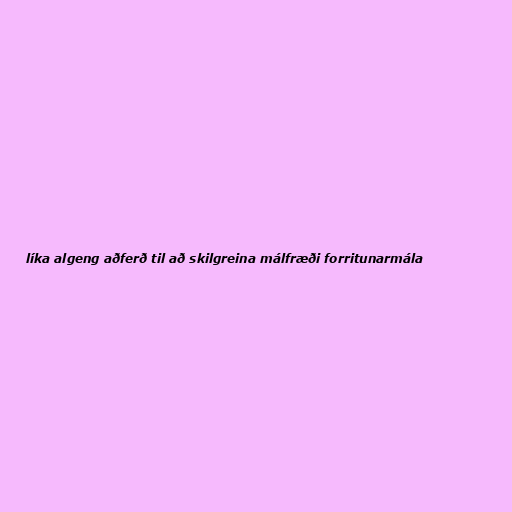
líka algeng aðferð til að skilgreina málfræði forritunarmála